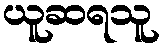
ယူဆရသူ